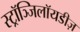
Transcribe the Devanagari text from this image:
स्ट्रॉञ्जिलॉयडीज़